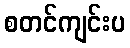
စတင်ကျင်းပ